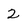
Character: 2